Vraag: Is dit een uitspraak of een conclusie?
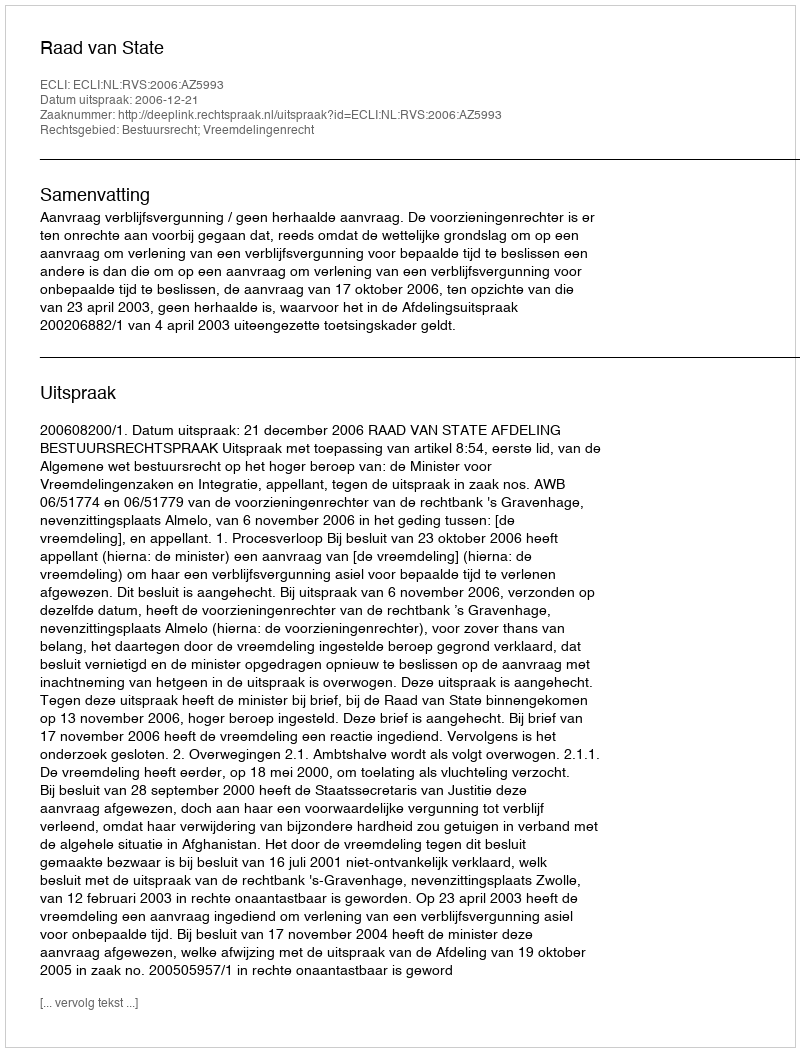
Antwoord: Uitspraak